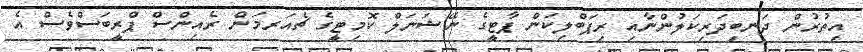
އިތުރުން ދަނބިދަރިކަލުންނާއި ރިޕަބްލިކަން ޕާޓީގެ ނޭޝަނަލް ކޮމިޓީގެ ޗެއަރމަން ރެއިންސް ޕްރީބަސްވެސް އެ